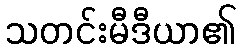
သတင်းမီဒီယာ၏